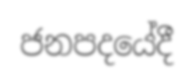
ජනපදයේදී